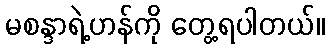
မစန္ဒာရဲ့ဟန်ကို တွေ့ရပါတယ်။